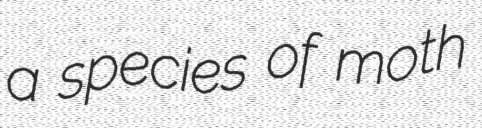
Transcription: a species of moth